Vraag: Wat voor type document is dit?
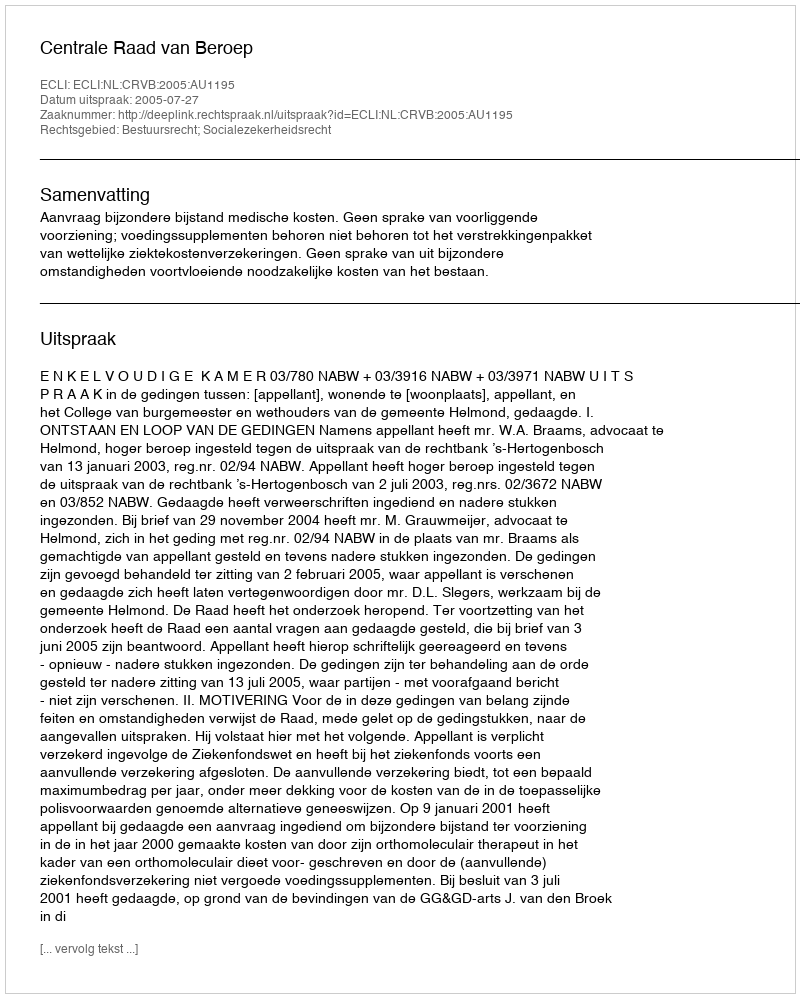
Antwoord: Uitspraak